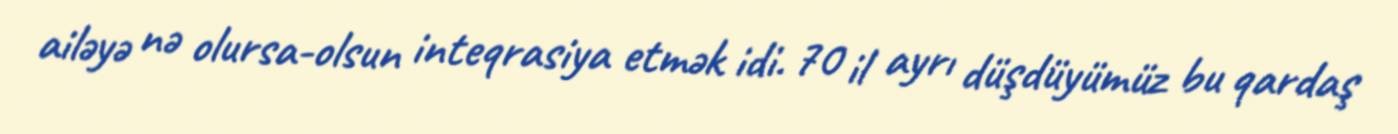
ailəyə nə olursa-olsun inteqrasiya etmək idi. 70 il ayrı düşdüyümüz bu qardaş